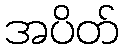
အပိတ်